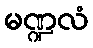
မဏ္ဍလံ